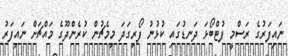
ނައިފަރުގެ ރަސްމީ ފުޓްބޯޅަ ދަނޑުގައި ކުޅުނު ފޯރިގަދަ މިމެޗުން ކުރެންދޫގެ މައްޗަށް ނައިފަރު